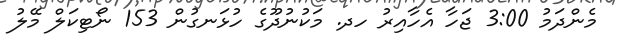
މެންދަމު 3:00 ޖަހާ އެހާއިރު ހދ. މަކުނުދޫގެ ހުޅަނގުން 153 ނޯޓިކަލް މޭލު